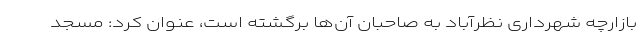
بازارچه شهرداری نظرآباد به صاحبان آن‌ها برگشته است، عنوان کرد: مسجد